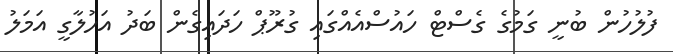
ފުލުހުން ބުނީ ގަމުގެ ގެސްޓް ހައުސްއެއްގައި ގުރޫޕް ހަދައިގެން ބަދު އަހުލާގީ އަމަލު